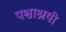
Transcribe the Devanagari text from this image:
पश्वाश्रयी